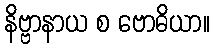
နိဗ္ဗာနာယ စ ဗောဓိယာ။